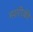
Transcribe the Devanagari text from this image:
मशरीक़ी